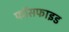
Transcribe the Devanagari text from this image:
फॉसफाइड